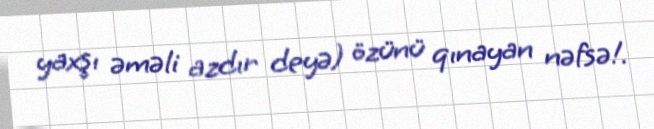
yaxşı əməli azdır deyə) özünü qınayan nəfsə!.